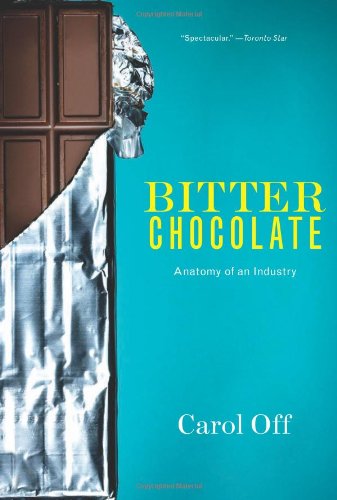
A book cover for Bitter Chocolate: Anatomy of an Industry; Carol Off; Cookbooks, Food & Wine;